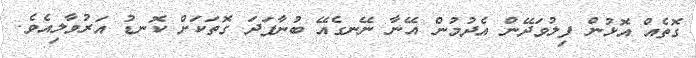
ގޮތެއް އޮޅުން ފިލުވަދޭން އެދުމުން އޭނާ ނޭނގެއޭ ބުނާފަދަ ގޮތަކަށް ކޮނޑު އަރުވާލިއެވެ.